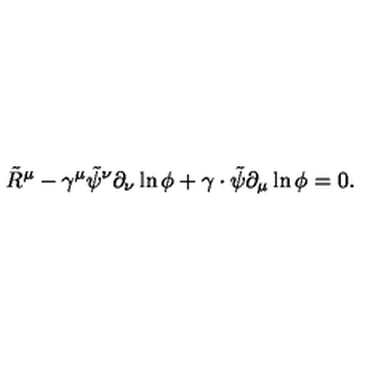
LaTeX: \tilde { R } ^ { \mu } - \gamma ^ { \mu } \tilde { \psi } ^ { \nu } \partial _ { \nu } \ln \phi + \gamma \cdot \tilde { \psi } \partial _ { \mu } \ln \phi = 0 .